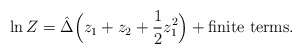
\begin{align*}\ln Z = \hat\Delta \Big(z_1 + z_2 + \frac{1}{2} z_1^2\Big)+\mbox{finite terms}.\end{align*}